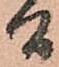
間